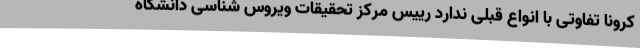
کرونا تفاوتی با انواع قبلی ندارد رییس مرکز تحقیقات ویروس شناسی دانشگاه